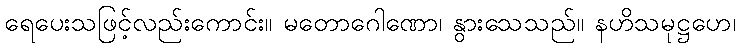
ရေပေးသဖြင့်လည်းကောင်း။ မတောဂေါဏော၊ နွားသေသည်။ နဟိသမုဋ္ဌဟေ၊